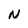
Character: N